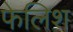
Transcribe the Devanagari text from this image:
फेलिश